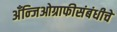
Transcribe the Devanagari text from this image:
अँन्जिओग्राफीसंबंधीचे